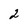
Character: 2